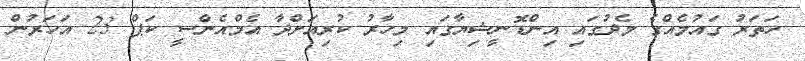
ހަތަރު ގައުމެއްގެ މެދުގައި އިންޑޮނީޝިޔާގައި މިހާރު ކުރިއަށްދާ އެމްއެންސީ ކަޕް 23 އަހަރުން